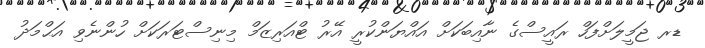
ޑރ ޖަމީލަށްފަހް ރައީސްގެ ނާއިބަކަށް އައްޔަންކުރީ އޭރު ޓްއަރިޒަމް މިނިސްޓަރަކަށް ހުންނެވި އަޙްމަދު